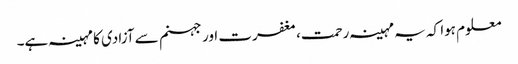
معلوم ہوا کہ یہ مہینہ رحمت، مغفرت اور جہنم سے آزادی کا مہینہ ہے۔